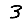
Digit: 3